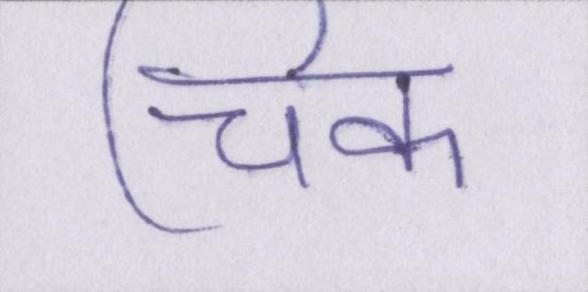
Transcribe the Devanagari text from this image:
चिक